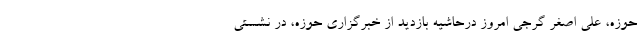
حوزه، علی اصغر گرجی امروز درحاشیه بازدید از خبرگزاری حوزه، در نشستی